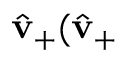
\hat { \mathbf { v } } _ { + } ( \hat { \mathbf { v } } _ { + }